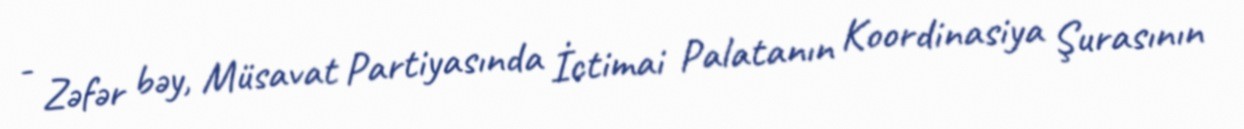
- Zəfər bəy, Müsavat Partiyasında İctimai Palatanın Koordinasiya Şurasının